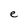
Character: e